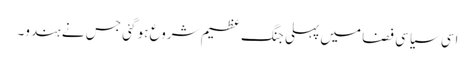
اسی سیاسی فضا میں پہلی جنگ عظیم شروع ہو گئی جس نے ہندو۔